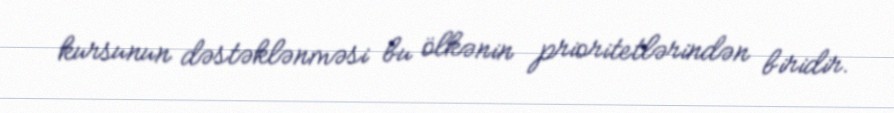
kursunun dəstəklənməsi bu ölkənin prioritetlərindən biridir.